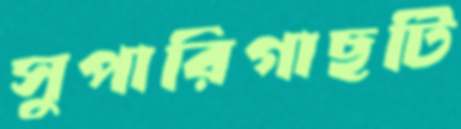
সুপারিগাছটি